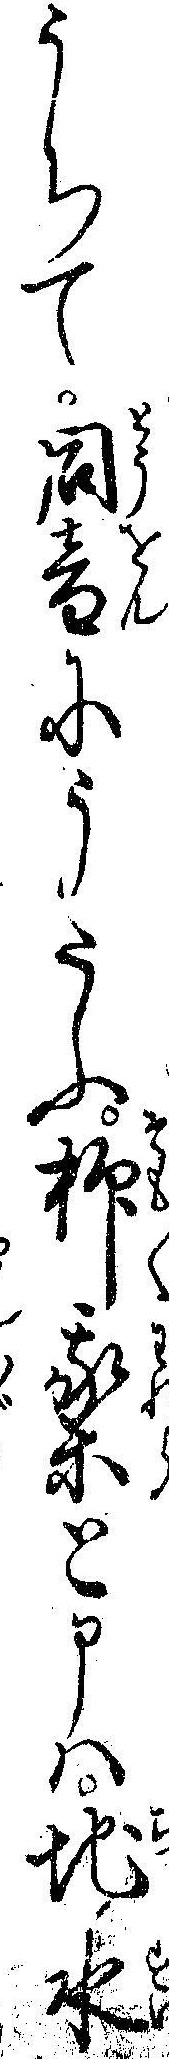
うちて同音にうたふ抑我等と申ハ地水